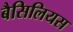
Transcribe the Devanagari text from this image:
बैसिलियस